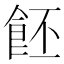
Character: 𩚼